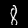
Digit: 8